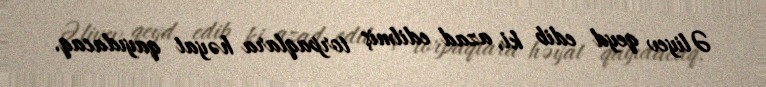
Əliyev qeyd edib ki, azad edilmiş torpaqlara həyat qayıdacaq.